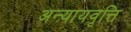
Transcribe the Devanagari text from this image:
अन्यायवृत्ति